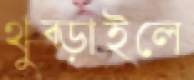
থুব্‌ড়াইলে